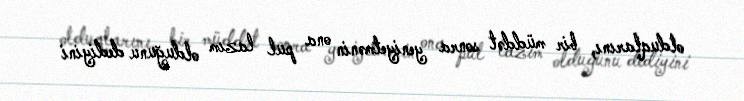
olduqlarını, bir müddət sonra yeniyetmənin ona pul lazım olduğunu dediyini